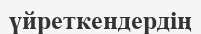
үйреткендердің